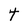
Character: t